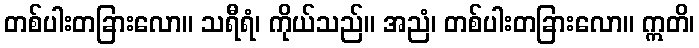
တစ်ပါးတခြားလော။ သရီရံ၊ ကိုယ်သည်။ အညံ၊ တစ်ပါးတခြားလော။ ဣတိ၊